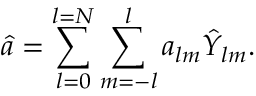
\hat { a } = \sum _ { l = 0 } ^ { l = N } \sum _ { m = - l } ^ { l } a _ { l m } \hat { Y } _ { l m } .